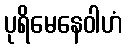
ပုရိမေနေဝါဟံ